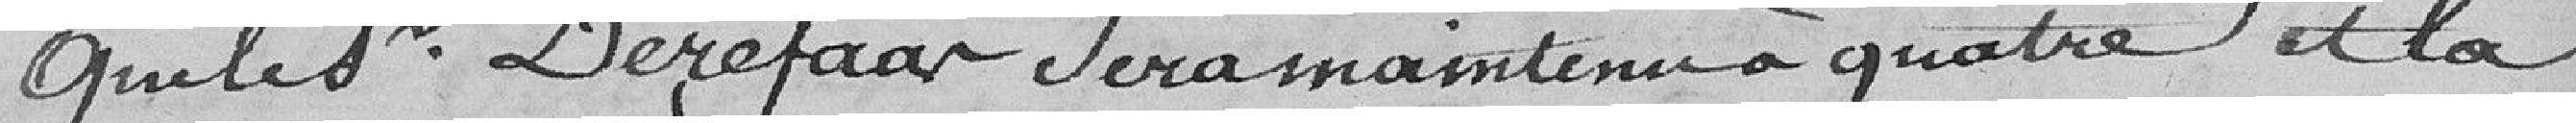
Que le sieur Derefaar sera maintenu à quatre et la